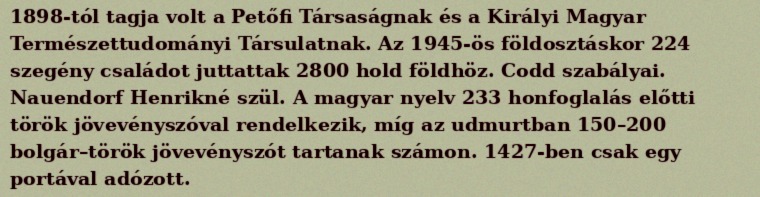
1898-tól tagja volt a Petőfi Társaságnak és a Királyi Magyar Természettudományi Társulatnak. Az 1945-ös földosztáskor 224 szegény családot juttattak 2800 hold földhöz. Codd szabályai. Nauendorf Henrikné szül. A magyar nyelv 233 honfoglalás előtti török jövevényszóval rendelkezik, míg az udmurtban 150–200 bolgár–török jövevényszót tartanak számon. 1427-ben csak egy portával adózott.